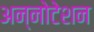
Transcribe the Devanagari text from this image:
अन्नोटेशन